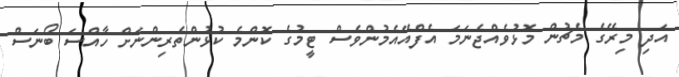
އަދި މިރޭގެ މެޗުން މޮޅުވެއްޖެނަމަ އެފްއޭއެމުންވެސް ޓީމުގެ ކޮންމެ ކުޅުންތެރިންނަށް ހާއްސަ ބޯނަސް